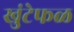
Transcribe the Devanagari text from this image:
खुंटेफळ